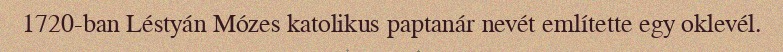
1720-ban Léstyán Mózes katolikus paptanár nevét említette egy oklevél.